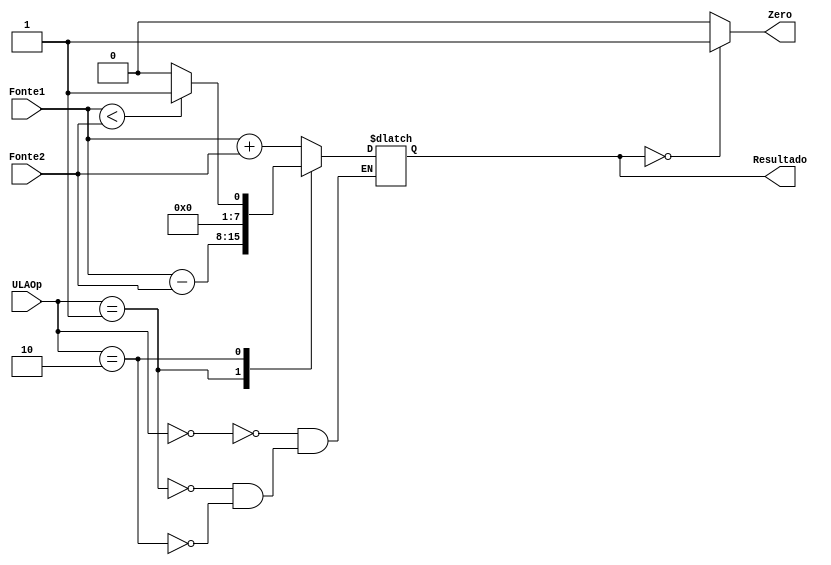
/*
	CEFET-MG
	Disciplina de Laboratrio de Arquitetura e Organizao de Computadores I
	Data: 14/08/2021
	Aluno: Fernando Veizaga
	Matricula: 20203001902
*/

module ula (Fonte1, Fonte2, ULAOp, Resultado, Zero);
	input [7:0] Fonte1, Fonte2;
	input [1:0] ULAOp;
	
	output reg [7:0] Resultado;
	output Zero;

	always @(*) begin
		case (ULAOp)
			2'b00: Resultado = Fonte1 + Fonte2;
			2'b01: Resultado = Fonte1 - Fonte2;
			2'b10: begin
						if (Fonte1 < Fonte2)
							Resultado = 8'd1;
                  else
							Resultado = 8'd0;
                end
			endcase
	end
	
	assign Zero = (Resultado == 8'd0) ? 1'b1: 1'b0;

endmodule

module test_ULA;
	reg [7:0] fnt1, fnt2;
	reg [1:0] ulaop;
	reg clk;
	
	wire [7:0] res;
	wire zero;
	
	always begin
		clk = 0;
		#1 clk = 1;
		#1 clk = 0;
	end
	
	initial begin
		fnt1 = 2;
		fnt2 = 4;
		ulaop = 2'b00;
		#2 ulaop = 2'b01;
		#2 ulaop = 2'b10;
		#2 fnt1 = 3;
		fnt2 = 5;
		ulaop = 2'b00;
		#2 ulaop = 2'b01;
		#2 ulaop = 2'b10;
		#2 fnt1 = 6;
		fnt2 = 6;
		ulaop = 2'b01;
	end
	
	initial begin
		$monitor("Time=%0d Fonte1=%b Fonte2=%b ULAOp=%b Resultado=%b Zero=%b Clock=%b", $time, fnt1, fnt2, ulaop, res, zero, clk);
	end
	
	ula mod1(fnt1, fnt2, ulaop, res, zero);
	
endmodule